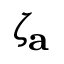
\zeta _ { \mathbf { a } }